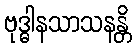
ဗုဒ္ဓါနသာသနန္တိ